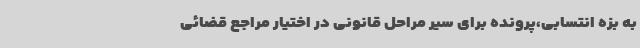
به بزه انتسابی،پرونده برای سیر مراحل قانونی در اختیار مراجع قضائی